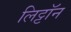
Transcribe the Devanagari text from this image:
लिट्टॉन